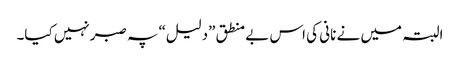
البتہ میں نے نانی کی اس بے منطق ”دلیل“ پہ صبرنہیں کیا۔